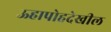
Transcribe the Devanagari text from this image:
ऊहापोहदेखील